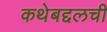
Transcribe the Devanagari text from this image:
कथेबद्दलची